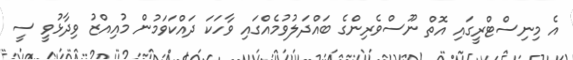
އެ މިނިސްޓްރީގައި އޮތް ނޫސްވެރިންގެ ބައްދަލުވުމެއްގައި ވާހަކަ ދައްކަވަމުން މުއިއްޒު ވިދާޅުވީ ސީ